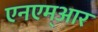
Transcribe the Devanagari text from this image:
एनएम्आर